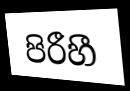
පිරීහී